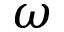
\omega